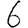
Digit: 6